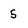
Character: 5